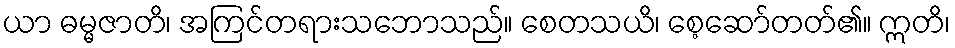
ယာ ဓမ္မဇာတိ၊ အကြင်တရားသဘောသည်။ စေတသယိ၊ စေ့ဆော်တတ်၏။ ဣတိ၊